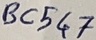
Text: BC547